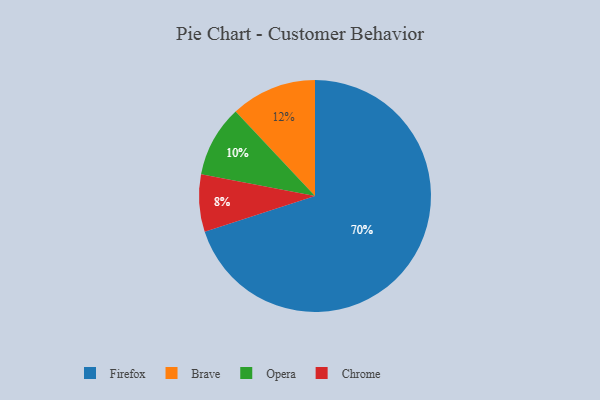
{"axis": {"x": "Category", "y": "Percentage"}, "legend": ["Brave", "Chrome", "Firefox", "Opera"], "data": [{"x": "Firefox", "y": 70, "type": "Firefox"}, {"x": "Chrome", "y": 8, "type": "Chrome"}, {"x": "Brave", "y": 12, "type": "Brave"}, {"x": "Opera", "y": 10, "type": "Opera"}]}